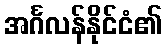
အင်္ဂလန်နိုင်ငံ၏